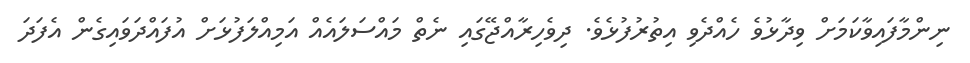
ނިންމާފައިވާކަމަށް ވިދާޅުވެ ހެއްދެވި އިތުރުފުޅެވެ. ދިވެހިރާއްޖޭގައި ނެތް މައްސަލައެއް އަމިއްލަފުޅަށް އުފައްދަވައިގެން އެފަދަ